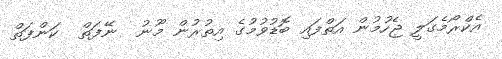
އެކްރޯމެގަލީ ޖެހުމުން އަތްފައި ބޮޑުވުމުގެ އިތުރުން މޫނު  ނޭފަތް  ކަންފަތް